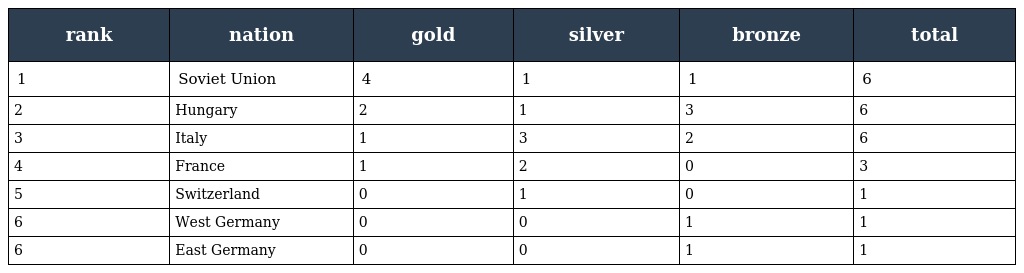
| rank | nation | gold | silver | bronze | total |
 | --- | --- | --- | --- | --- | --- |
 | 1 | Soviet Union | 4 | 1 | 1 | 6 |
 | 2 | Hungary | 2 | 1 | 3 | 6 |
 | 3 | Italy | 1 | 3 | 2 | 6 |
 | 4 | France | 1 | 2 | 0 | 3 |
 | 5 | Switzerland | 0 | 1 | 0 | 1 |
 | 6 | West Germany | 0 | 0 | 1 | 1 |
 | 6 | East Germany | 0 | 0 | 1 | 1 |